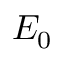
E _ { 0 }